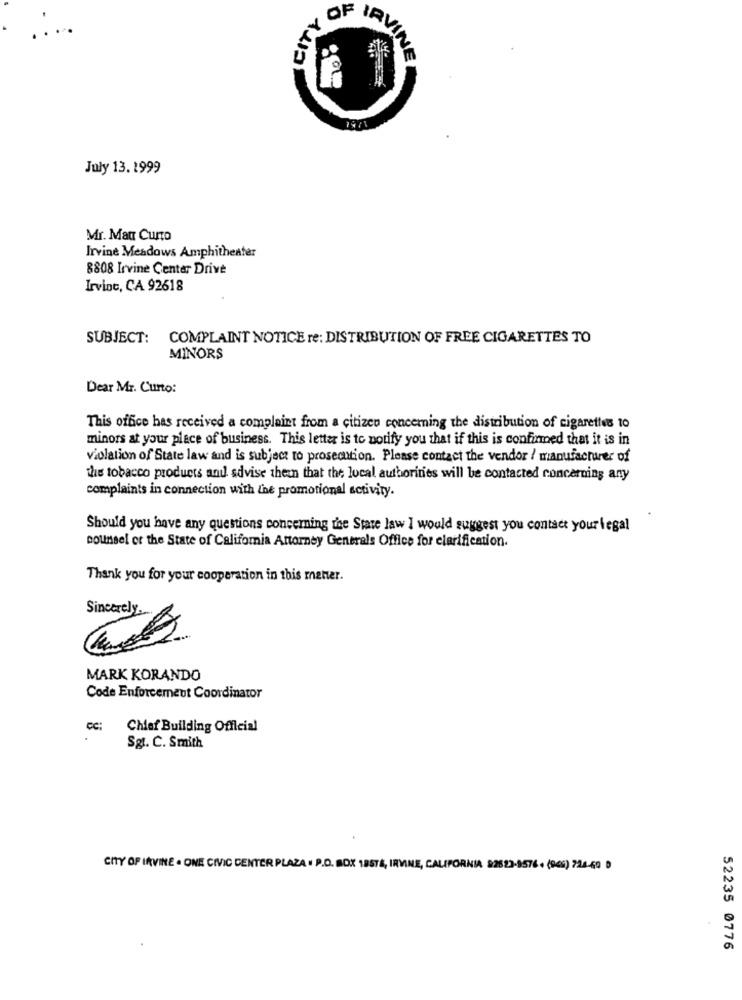
OF IRVIN
July 13. 1999
Mr. Man Curto
Irvine Meadows Amphitheater
8808 Irvine Center Drive
Irvine, CA 92618
SUBJECT: COMPLAINT NOTICE re: DISTRIBUTION OF FREE CIGARETTES TO
MINORS
Dear Mr. Curto:
This office has received a complaint from a citizen concerning the distribution of cigarettes 10
minors at your place of business. This letter is to notify you that if this is confirmed that it is in
violation of State law and is subject to prosecution. Please contact the vendor / manufacturer of
the tobacco products and advise theen that the local authorities will be contacted concerning any
complaints in connection with the promotional activity.
Should you have any questions concerning the State law I would suggest you contact your legal
counsel or the State of California Attorney Generals Office for clarification
Thank you for your cooperation in this mener.
Sincerely ...
MARK KORANDO
Code Enforcement Coordinator
Chief Building Official
Sgl. C. Smith
CITY OF IRVINE . ONE CIVIC CENTER PLAZA · P.O. BOX 18STE, IRVINE, CALIFORNIA 92523-8576- (945) 720-40 0
52235 0776